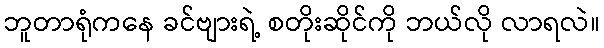
ဘူတာရုံကနေ ခင်ဗျားရဲ့ စတိုးဆိုင်ကို ဘယ်လို လာရလဲ။